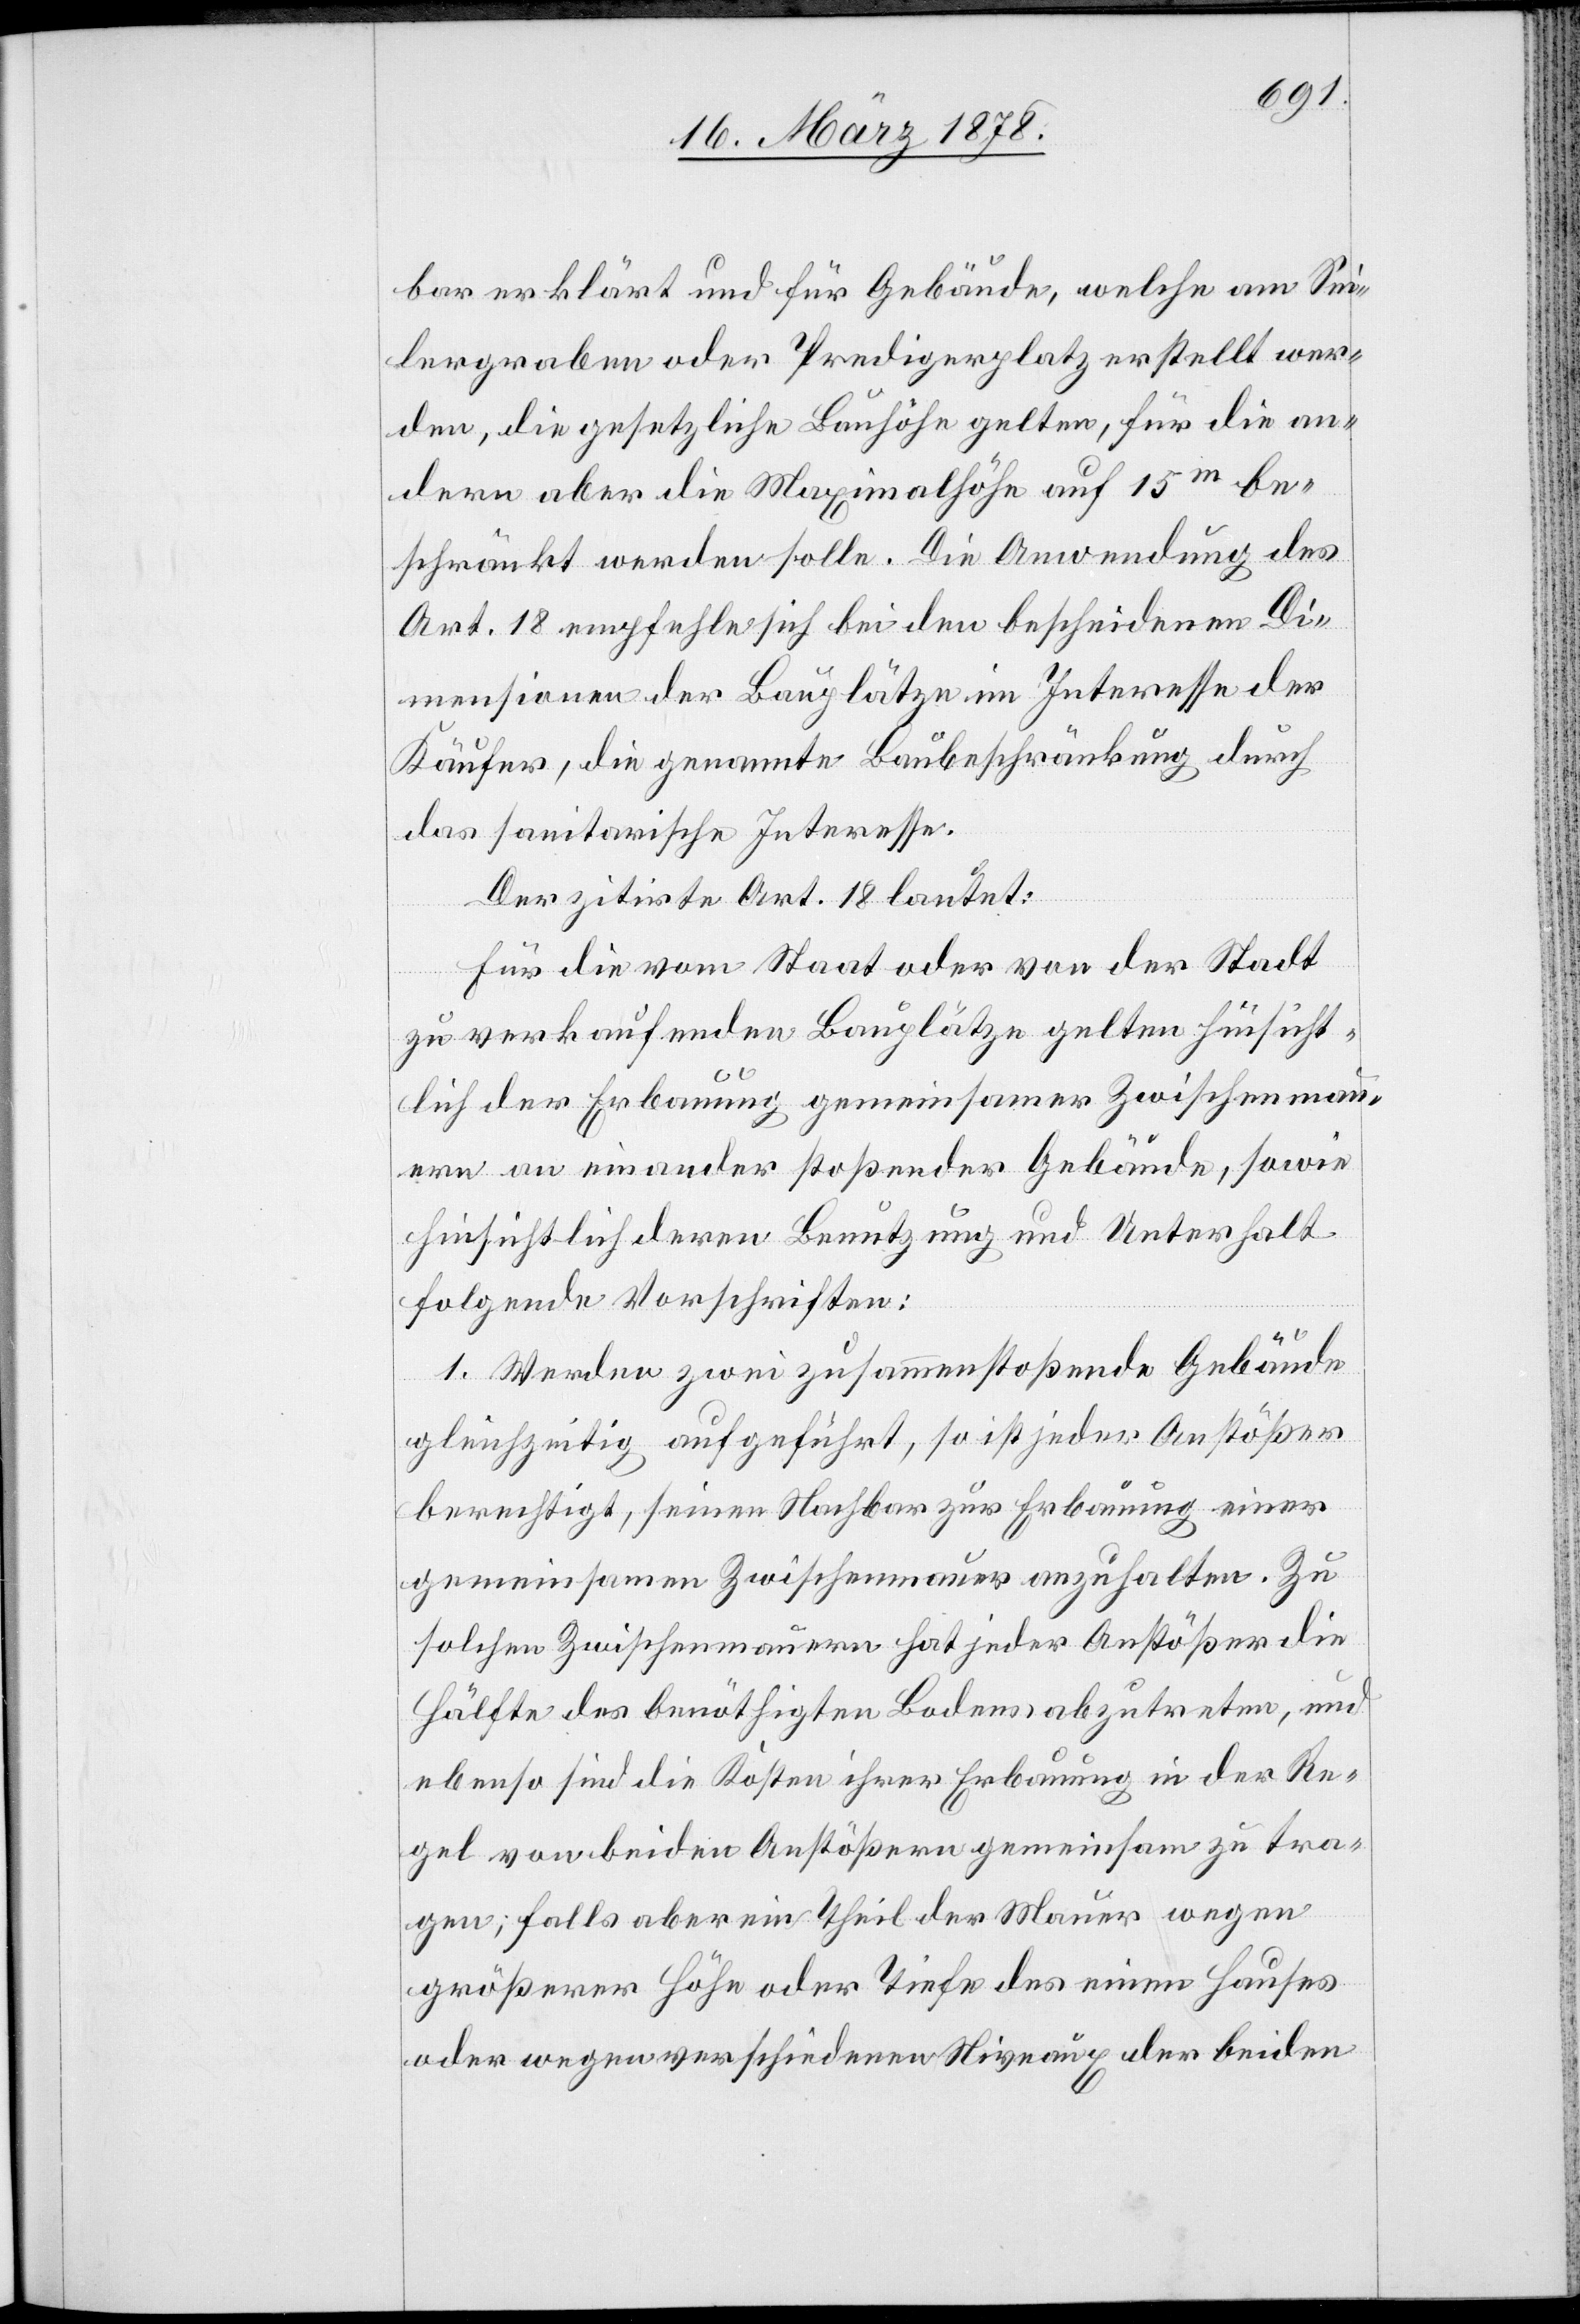
bar erklärt und für Gebäude, welche am Sei¬
lergraben oder Predigerplatz erstellt wer¬
den, die gesetzliche Bauhöhe gelten, für die an¬
dern aber die Maximalhöhe auf 15m be¬
schränkt werden solle. Die Anwendung des
Art. 18 empfehle sich bei den bescheidenen Di¬
mensionen der Bauplätze im Interesse der
Käufer, die genannte Baubeschränkung durch
das sanitarische Interesse.
Der zitirte Art. 18 lautet:
Für die vom Staat oder von der Stadt
zu verkaufenden Bauplätze gelten hinsicht¬
lich der Erbauung gemeinsamer Zwischenmau¬
ern aneinander stoßender Gebäude, sowie
hinsichtlich deren Benutzung und Unterhalt
folgende Vorschriften:
1. Werden zwei zusammenstoßende Gebäude
gleichzeitig aufgeführt, so ist jeder Anstößer
berechtigt, seinen Nachbar zur Erbauung einer
gemeinsamen Zwischenmauer anzuhalten. Zu
solchen Zwischenmauern hat jeder Anstößer die
Hälfte des benöthigten Bodens abzutreten, und
ebenso sind die Kosten ihrer Erbauung in der Re¬
gel von beiden Anstößern gemeinsam zu tra¬
gen; falls aber ein Theil der Mauer wegen
größerer Höhe oder Tiefe des einen Hauses
oder wegen verschiedenen Niveaux der beiden